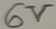
Text: 6V